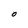
Character: O